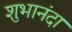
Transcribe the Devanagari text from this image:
शुभानंदा